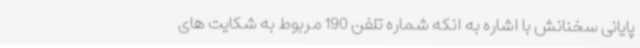
پایانی سخنانش با اشاره به انکه شماره تلفن 190 مربوط به شکایت های